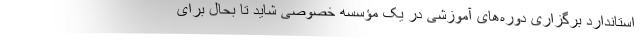
استاندارد برگزاری دوره‌های آموزشی در یک مؤسسه خصوصی شاید تا بحال برای